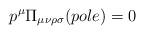
LaTeX: \begin{align*}p^{\mu}\Pi_{\mu\nu\rho\sigma}(pole)=0\end{align*}